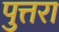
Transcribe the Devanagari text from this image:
पुत्तरा